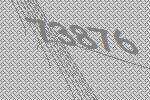
73876